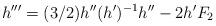
LaTeX: \begin{align*}h'''=(3/2)h''(h')^{-1}h'' - 2h'F_2\end{align*}